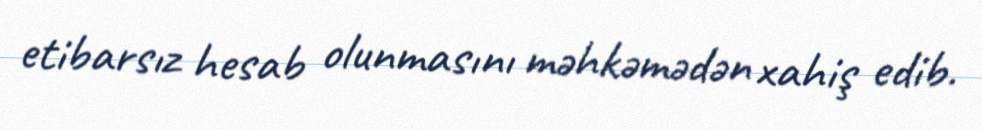
etibarsız hesab olunmasını məhkəmədən xahiş edib.